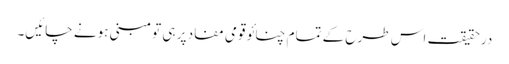
درحقیقت اس طرح کے تمام چنائو قومی مفاد پر ہی تو مبنی ہونے چائیں۔